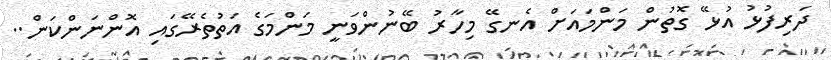
ދަރިފުޅު އުޅޭ ގޮތުން މަންމައަށް އެނގޭ މިހާރު ބޭނުންވަނީ މަންމަގެ އަތުތެރޭގައި އޮންނަންކަން..